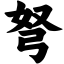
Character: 弩